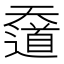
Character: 𡚑